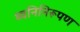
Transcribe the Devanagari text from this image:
ध्वनिनिरूपण